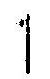
1